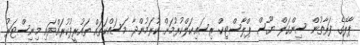
ޕާލޭގެ ފަރާތުން ސިންގަލް ޔޫސް ޕްލާސްޓިކް ރިސައިކަލްކުރުމަށް ކުރަމުންދާ މަސައްކަތައް ތައުރީފުކުރައްވައި މިނިސްޓަރު